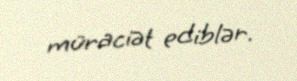
müraciət ediblər.